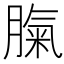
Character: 𦞝